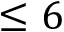
\leq { 6 }